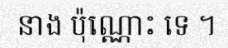
នាង ប៉ុណ្ណោះ ទេ ។